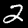
Digit: 2